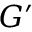
G ^ { \prime }